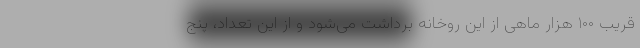
قریب ۱۰۰ هزار ماهی از این روخانه برداشت می‌شود و از این تعداد، پنج